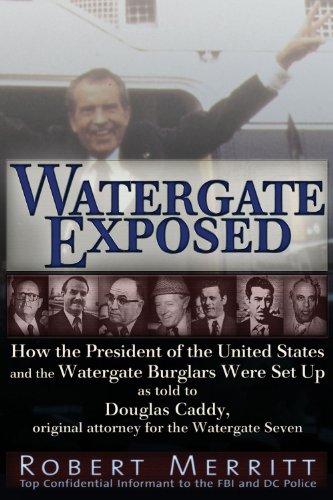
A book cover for Watergate Exposed: How the President of the United States and the Watergate Burglars Were Set Up As Told to Douglas Caddy, Original Attorney for the Watergate Seven; Robert Merritt; Biographies & Memoirs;